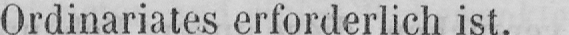
Ordinariates erforderlich ist.